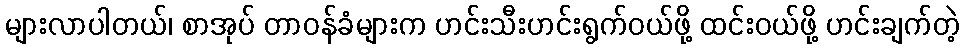
များလာပါတယ်၊ စာအုပ် တာဝန်ခံများက ဟင်းသီးဟင်းရွက်ဝယ်ဖို့ ထင်းဝယ်ဖို့ ဟင်းချက်တဲ့